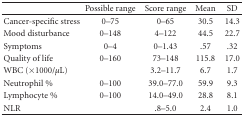
<table><thead><tr><td><b> </b></td><td><b>Possible range</b></td><td><b>Score range</b></td><td><b>Mean</b></td><td><b>SD</b></td></tr></thead><tbody><tr><td>Cancer-specific stress</td><td>0–75</td><td>0–65</td><td>30.5</td><td>14.3</td></tr><tr><td>Mood disturbance</td><td>0–148</td><td>4–122</td><td>44.5</td><td>22.7</td></tr><tr><td>Symptoms</td><td>0–4</td><td>0–1.43</td><td>.57</td><td>.32</td></tr><tr><td>Quality of life</td><td>0–160</td><td>73–148</td><td>115.8</td><td>17.0</td></tr><tr><td>WBC (×1000/<i>μ</i>L)</td><td> </td><td>3.2–11.7</td><td>6.7</td><td>1.7</td></tr><tr><td>Neutrophil %</td><td>0–100</td><td>39.0–77.0</td><td>59.9</td><td>9.3</td></tr><tr><td>Lymphocyte %</td><td>0–100</td><td>14.0–49.0</td><td>28.8</td><td>8.1</td></tr><tr><td>NLR</td><td> </td><td>.8–5.0</td><td>2.4</td><td>1.0</td></tr></tbody></table>